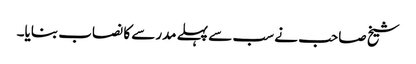
شیخ صاحب نے سب سے پہلے مدرسے کا نصاب بنایا۔